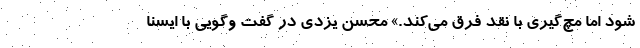
شود اما مچ‌گیری با نقد فرق می‌کند.» محسن یزدی در گفت وگویی با ایسنا